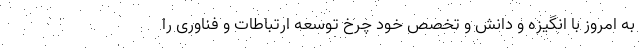
به امروز با انگیزه و دانش و تخصص خود چرخ توسعه ارتباطات و فناوری را